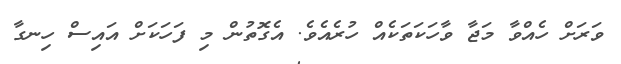
ވަރަށް ހެއްވާ މަޖާ ވާހަކަތަކެއް ހުރެއެވެ. އެގޮތުން މި ފަހަކަށް އައިސް ހިނގާ